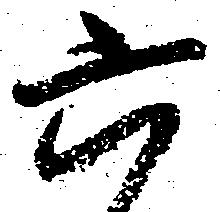
六